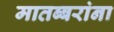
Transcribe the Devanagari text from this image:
मातब्बरांना